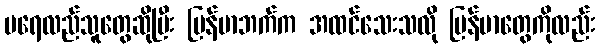
မရေလည်သူတွေဆိုပြီး မြန်မာဘက်က အထင်သေးသလို မြန်မာတွေကိုလည်း